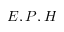
E , P , H